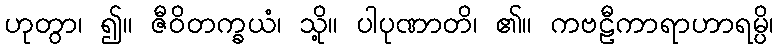
ဟုတွာ၊ ၍။ ဇီဝိတက္ခယံ၊ သို့။ ပါပုဏာတိ၊ ၏။ ကဗဠီကာရာဟာရမ္ပိ၊